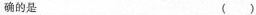
确的是 ( )